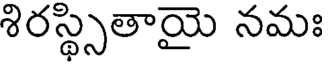
శిరస్థ్సితాయై నమః